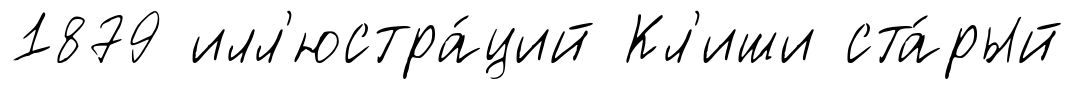
1879 илл'юстра́ций Кл'иши ста́рый